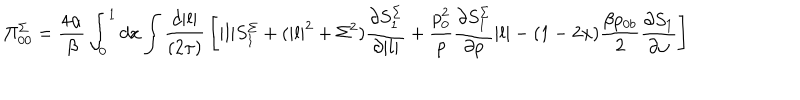
\Pi _ { 0 0 } ^ { \Sigma } = { \frac { 4 \alpha } { \beta } } \int _ { 0 } ^ { 1 } d x \int { \frac { d | { \bf l } | } { ( 2 \pi ) } } \left[ | { \bf l } | S _ { 1 } ^ { \Sigma } + ( | { \bf l } | ^ { 2 } + \Sigma ^ { 2 } ) { \frac { \partial S _ { 1 } ^ { \Sigma } } { \partial | { \bf l } | } } + { \frac { p _ { 0 } ^ { 2 } } { p } } { \frac { \partial S _ { 1 } ^ { \Sigma } } { \partial p } } | { \bf l } | - ( 1 - 2 x ) { \frac { \beta p _ { 0 b } } { 2 } } { \frac { \partial S _ { 1 } } { \partial \omega } } \right]